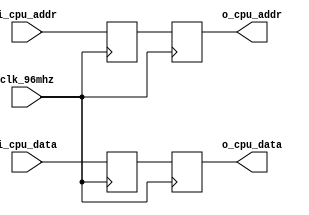
module CLEANER(
        clk_96mhz, 
        i_cpu_addr,
        i_cpu_data,
        o_cpu_addr,
        o_cpu_data
    );

    input wire clk_96mhz;

    input wire [15:0] i_cpu_addr;
    input wire [7:0] i_cpu_data;

    output reg [15:0] o_cpu_addr;
    output reg [7:0] o_cpu_data; 

    reg [15:0] m_cpu_addr;
    reg [7:0] m_cpu_data;

    always @(posedge clk_96mhz) begin
        m_cpu_addr <= i_cpu_addr;
        m_cpu_data <= i_cpu_data;
        o_cpu_addr <= m_cpu_addr;
        o_cpu_data <= m_cpu_data;
    end

endmodule